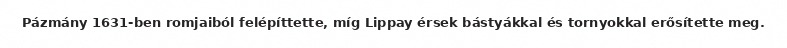
Pázmány 1631-ben romjaiból felépíttette, míg Lippay érsek bástyákkal és tornyokkal erősítette meg.